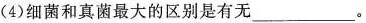
(4)细菌和真菌最大的区别是有无___。